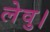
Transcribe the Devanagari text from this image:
लेवु।